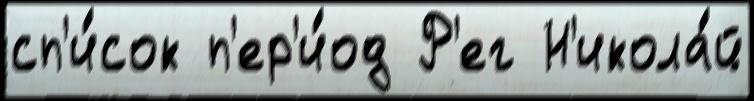
сп'и́сок п'ер'и́од Р'ег Н'икола́й